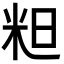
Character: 𮇇